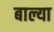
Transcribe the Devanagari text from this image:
बाल्या